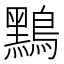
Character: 𪆤